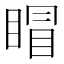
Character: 𥈆